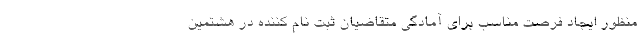
منظور ایجاد فرصت مناسب برای آمادگی متقاضیان ثبت نام کننده در هشتمین